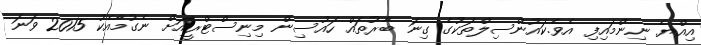
އިއްޔެ ނިންމައިފި އެވެ.ކައުންސިލްތަކުގެ ގިނަ ބާރުތައް ހައުސިން މިނިސްޓްރީއަށް ނެގުމާއެކު 2015 ވަނަ